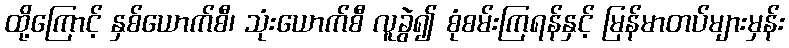
ထို့ကြောင့် နှစ်ယောက်စီ၊ သုံးယောက်စီ လူခွဲ၍ စုံစမ်းကြရန်နှင့် မြန်မာတပ်များမှန်း